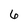
Character: 6